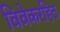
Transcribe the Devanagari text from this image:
विवेकरहित